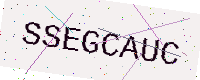
Text: SSEGCAUC